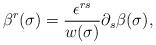
LaTeX: \begin{align*}\beta^r (\sigma)=\frac{\epsilon^{rs}}{w(\sigma)}\partial_s \beta(\sigma),\end{align*}